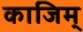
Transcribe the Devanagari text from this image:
काजिम्